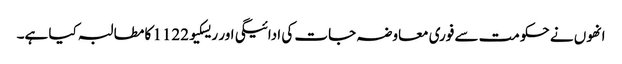
انھوں نے حکومت سے فوری معاوضہ جات کی ادائیگی اور ریسکیو1122 کا مطالبہ کیا ہے۔